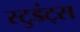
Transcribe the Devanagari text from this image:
स्टुडंट्‍स